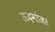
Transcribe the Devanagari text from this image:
ऊदमांजर